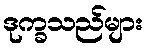
ဒုက္ခသည်များ